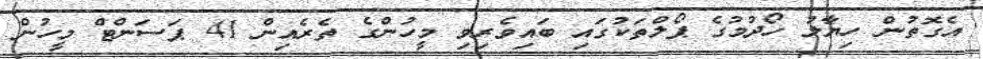
އެގޮތުން ހިޔާލު ހޯދުމުގެ ޕޯލްތަކުގައި ބައިވެރިވި މީހުންގެ ތެރެއިން 41 ޕަސަންޓް މީހުން